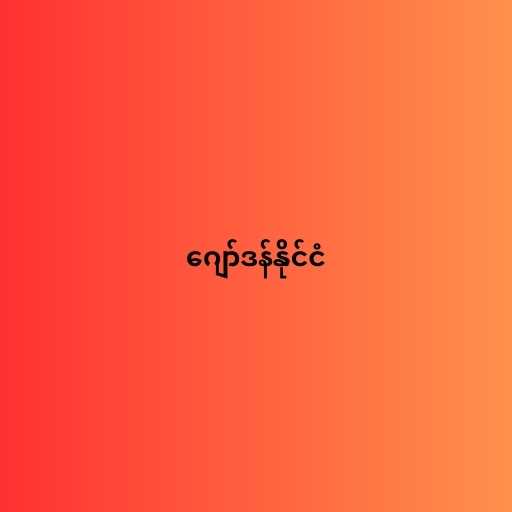
ဂျော်ဒန်နိုင်ငံ